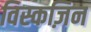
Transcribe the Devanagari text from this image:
विस्कज़िन